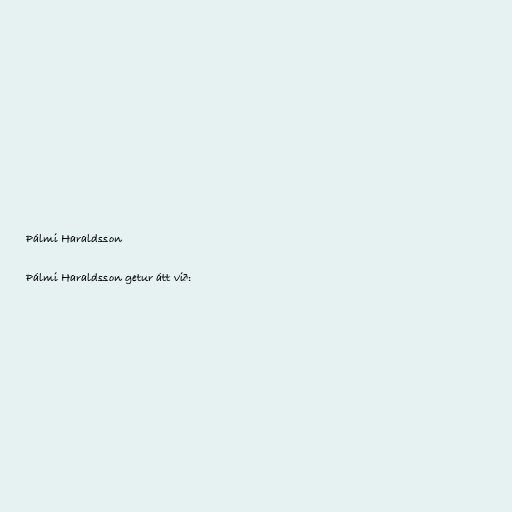
Pálmi Haraldsson

Pálmi Haraldsson getur átt við: